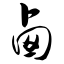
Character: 卤